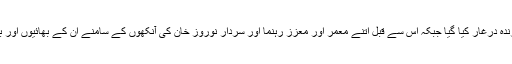
بلوچوں کے سب سے بڑے رہنماؤں میں سے ایک رہنما کو اناسی سال کی عمر میں زندہ درغار کیا گیا جبکہ اس سے قبل اتنے معمر اور معزز رہنما اور سردار نوروز خان کی آنکھوں کے سامنے ان کے بھائیوں اور بھتیجوں کو پھانسی دیکر اس بوڑھے باغی سردار کو تا دم مرگ نظر بند رکھا گیا تھا۔